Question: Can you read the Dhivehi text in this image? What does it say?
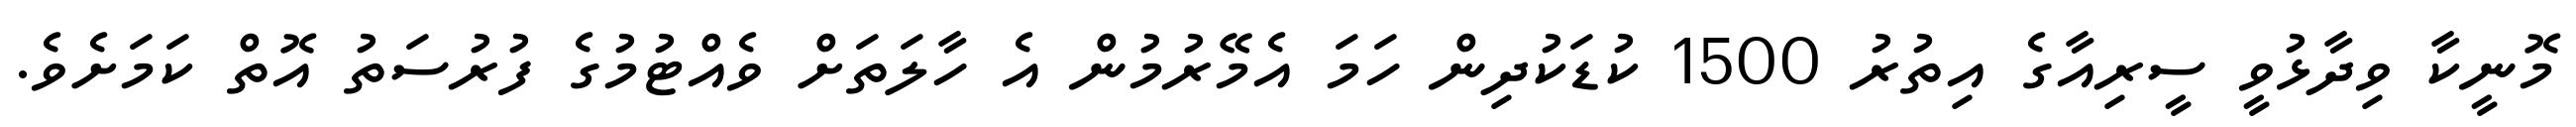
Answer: މޮނީކާ ވިދާޅުވީ ސީރިއާގެ އިތުރު 1500 ކުޑަކުދިން ހަމަ އެމޭރުމުން އެ ހާލަތަށް ވެއްޓުމުގެ ފުރުސަތު އޮތް ކަމަށެވެ.